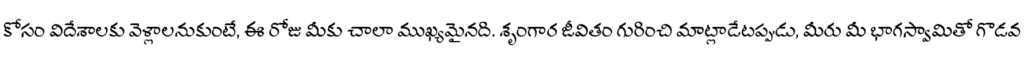
కోసం విదేశాలకు వెళ్లాలనుకుంటే, ఈ రోజు మీకు చాలా ముఖ్యమైనది. శృంగార జీవితం గురించి మాట్లాడేటప్పుడు, మీరు మీ భాగస్వామితో గొడవ